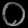
Digit: ၀